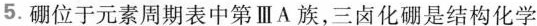
5.硼位于元素周期表中第ⅢA族，三卤化硼是结构化学